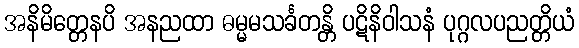
အနိမိတ္တေနပိ အနညထာ ဓမ္မမသင်္ခတန္တိ ပဋိနိဝါသနံ ပုဂ္ဂလပညတ္တိယံ